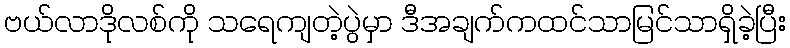
ဗယ်လာဒိုလစ်ကို သရေကျတဲ့ပွဲမှာ ဒီအချက်ကထင်သာမြင်သာရှိခဲ့ပြီး